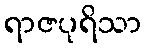
ရာဇပုရိသာ